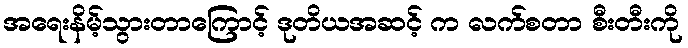
အရေးနိမ့်သွားတာကြောင့် ဒုတိယအဆင့် က လက်စတာ စီးတီးကို